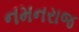
નમનરાજ